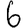
Digit: 6